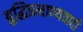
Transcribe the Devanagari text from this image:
बुद्धिप्रमाण्यवादी